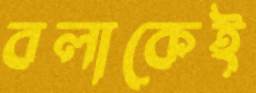
বলাকেই